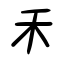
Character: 禾